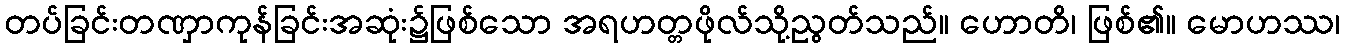
တပ်ခြင်းတဏှာကုန်ခြင်းအဆုံး၌ဖြစ်သော အရဟတ္တဖိုလ်သို့ညွတ်သည်။ ဟောတိ၊ ဖြစ်၏။ မောဟဿ၊